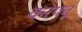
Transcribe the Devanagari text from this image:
करपवू